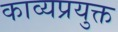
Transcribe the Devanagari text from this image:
काव्यप्रयुक्त